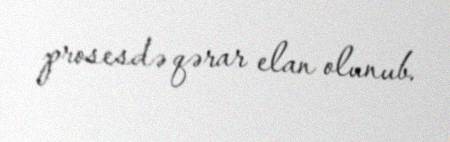
prosesdə qərar elan olunub.